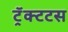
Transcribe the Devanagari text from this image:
ट्रॅक्टटस